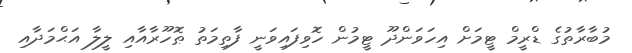
މުބާރާތުގެ ޑްރީމް ޓީމަށް އިހަވަންދޫ ޓީމުން ހޮވިފައިވަނީ ފާތިމަތު ޠޮހޫރާއާއި ލީލާ އަޙްމަދާއި